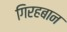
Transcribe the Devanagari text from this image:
गिरहबान